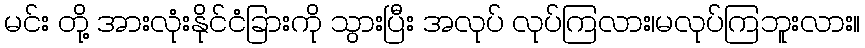
မင်း တို့ အားလုံးနိုင်ငံခြားကို သွားပြီး အလုပ် လုပ်ကြလား၊မလုပ်ကြဘူးလား။